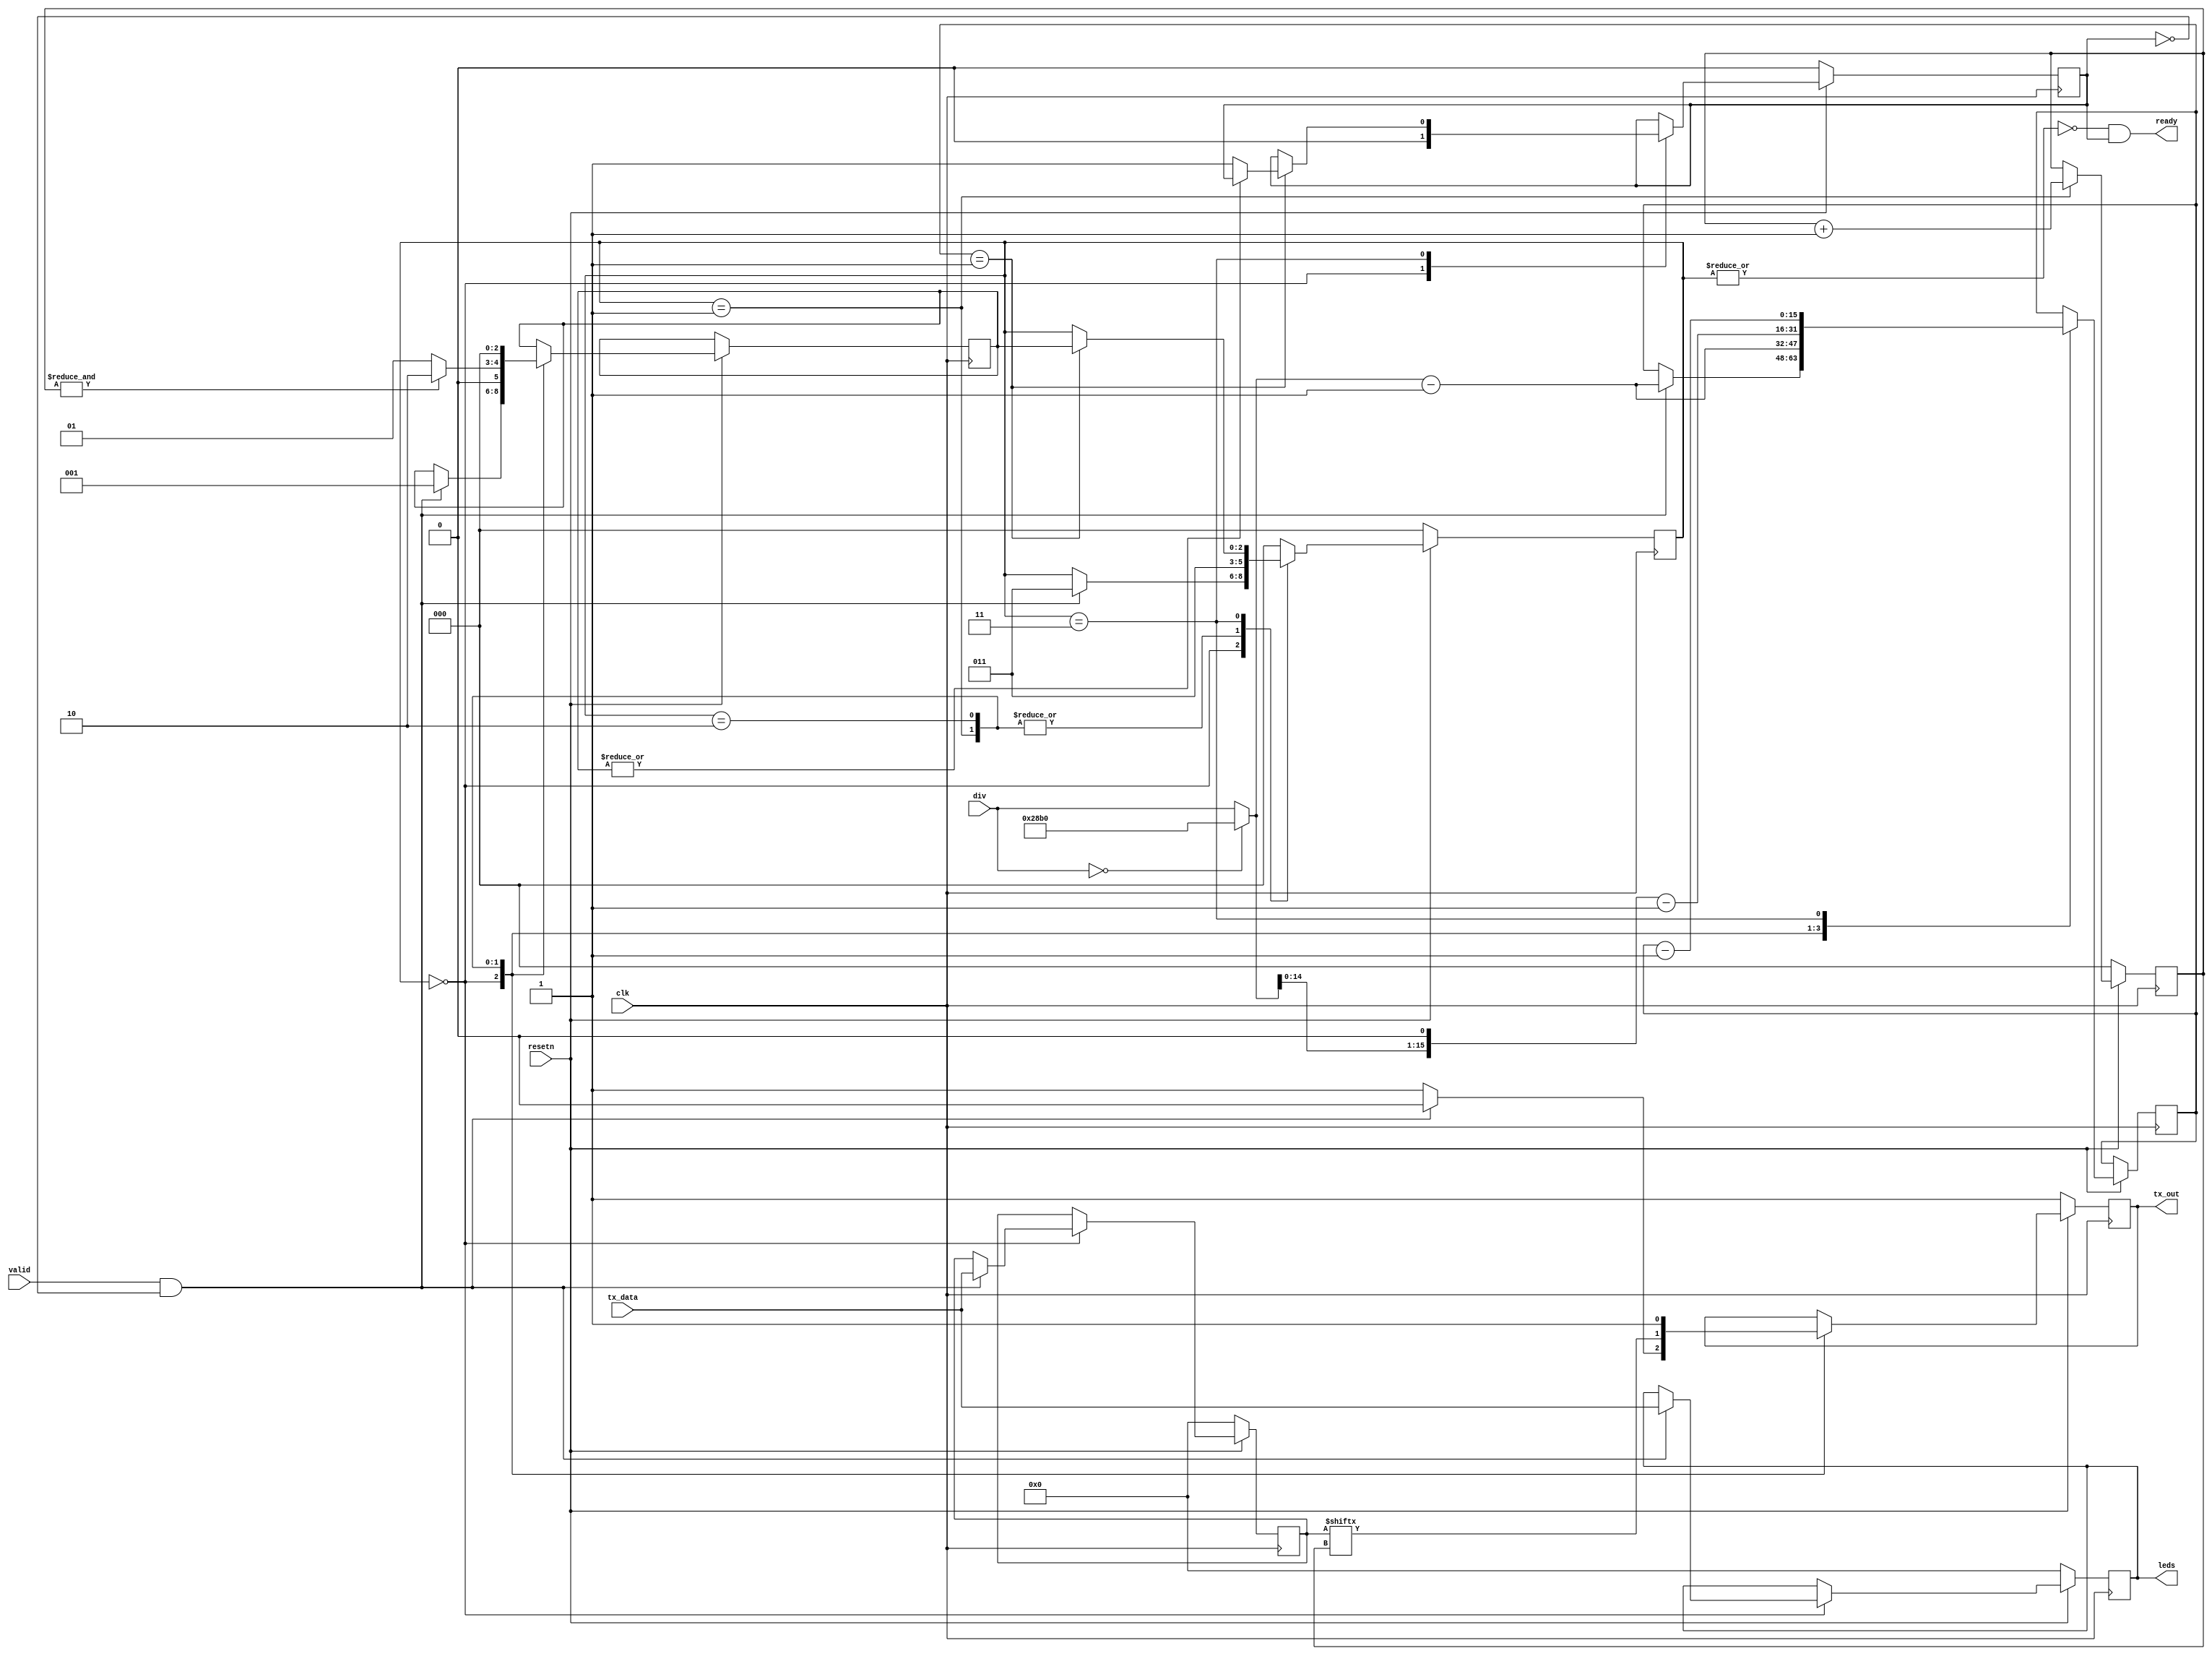
/*
 *  tx_uart - a simple tx uart
 *
 *  copyright (c) 2021  hirosh dabui <hirosh@dabui.de>
 *
 *  permission to use, copy, modify, and/or distribute this software for any
 *  purpose with or without fee is hereby granted, provided that the above
 *  copyright notice and this permission notice appear in all copies.
 *
 *  the software is provided "as is" and the author disclaims all warranties
 *  with regard to this software including all implied warranties of
 *  merchantability and fitness. in no event shall the author be liable for
 *  any special, direct, indirect, or consequential damages or any damages
 *  whatsoever resulting from loss of use, data or profits, whether in an
 *  action of contract, negligence or other tortious action, arising out of
 *  or in connection with the use or performance of this software.
 *
 */
`default_nettype none `timescale 1ns / 1ps
module tx_uart #(
        parameter SYSTEM_CLK = 100_000_000,
        parameter BAUDRATE   = 9600
    ) (
        input wire clk,
        input wire resetn,
        input wire valid,
        input wire [7:0] tx_data,
        input wire [15:0] div,  /* SYSTEM_CYCLES/BAUDRATE */
        output reg tx_out,
        output wire ready,
        output wire [7:0] leds
    );


    reg [2:0] state;
    reg [2:0] return_state;
    reg [2:0] bit_idx;
    reg [7:0] tx_data_reg;
    reg [7:0] leds_r;
    reg       txfer_done;

    //-- Conexion con los leds
    assign leds = leds_r;

    //assign ready = ~(|state) & /* valid & */ txfer_done;
    assign ready = ~(|state) &  /* valid & */ txfer_done;

    reg [15:0] wait_states;
    wire [15:0] CYCLES_PER_SYMBOL;
    assign CYCLES_PER_SYMBOL = div == 0 ? (SYSTEM_CLK / BAUDRATE) : div;

`ifdef SIM
    always @(posedge clk) begin
        if (ready) begin
            $write("%c", sim_tx_data);
            $fflush;
        end
    end
`endif

`ifdef SIM
    reg [7:0] sim_tx_data;
`endif
    always @(posedge clk) begin

        if (resetn == 1'b0) begin
            tx_out      <= 1'b1;
            state       <= 0;
            txfer_done  <= 1'b0;
            bit_idx     <= 0;
            tx_data_reg <= 0;
            leds_r <= 0;
            txfer_done  <= 0;
`ifdef SIM
            sim_tx_data <= 0;
`endif
        end else begin

            case (state)

                0: begin  /* idle */
                    txfer_done <= 1'b0;
                    if (valid & !txfer_done) begin
`ifdef SIM
                        sim_tx_data <= tx_data;
`endif
                        tx_out <= 1'b0;  /* start bit */
                        tx_data_reg <= tx_data;

                        //-- Mostrar dato enviado en los leds
                        leds_r <= tx_data;

                        wait_states <= CYCLES_PER_SYMBOL - 1;
                        return_state <= 1;
                        state <= 3;

                    end else begin
                        tx_out <= 1'b1;
                    end
                end

                1: begin
                    tx_out <= tx_data_reg[bit_idx];  /* lsb first */
                    bit_idx <= bit_idx + 1;

                    wait_states <= CYCLES_PER_SYMBOL - 1;
                    return_state <= &bit_idx ? 2 : 1;
                    state <= 3;
                end

                2: begin
                    tx_out <= 1'b1;  /* stop bit */

                    wait_states <= (CYCLES_PER_SYMBOL << 1) - 1;
                    return_state <= 0;
                    state <= 3;
                end

                3: begin  /* wait states */
                    wait_states <= wait_states - 1;
                    if (wait_states == 1) begin
                        if (~(|return_state)) txfer_done <= 1'b1;
                        state <= return_state;
                    end
                end

                default: begin
                    state <= 0;
                end

            endcase

        end
    end  /* !reset */

endmodule